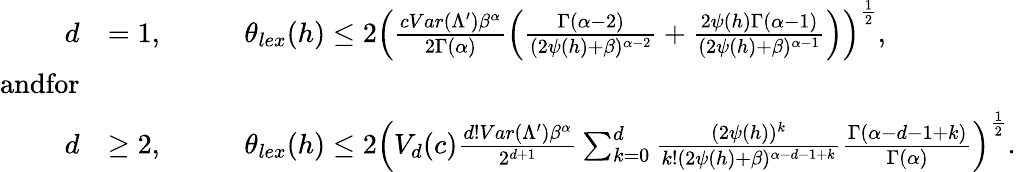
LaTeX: \begin{array}{rlrl}{d}&{=1,\quad}&&{\theta_{lex}(h)\leq 2\left(\frac{cVar(\Lambda^{\prime})\beta^{\alpha}}{2\Gamma(\alpha)}\left(\frac{\Gamma(\alpha-2)}{(2\psi(h)+\beta)^{\alpha-2}}+\frac{2\psi(h)\Gamma(\alpha-1)}{(2\psi(h)+\beta)^{\alpha-1}}\right)\right)^{\frac{1}{2}},}\\ {\textrm{andfor}}&{}&&{}\\ {d}&{\geq 2,\quad}&&{\theta_{lex}(h)\leq 2\left(V_{d}(c)\frac{d!Var(\Lambda^{\prime})\beta^{\alpha}}{2^{d+1}}\sum_{k=0}^{d}\frac{(2\psi(h))^{k}}{k!(2\psi(h)+\beta)^{\alpha-d-1+k}}\frac{\Gamma(\alpha-d-1+k)}{\Gamma(\alpha)}\right)^{\frac{1}{2}}.}\end{array}